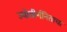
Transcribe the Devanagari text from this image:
ज्योतीर्गनिताचा